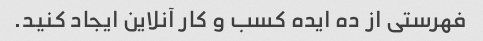
فهرستی از ده ایده کسب و کار آنلاین ایجاد کنید.